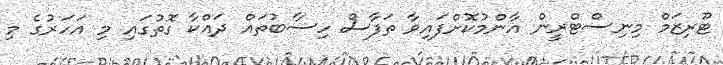
ޓޫރިޒަމް މިނިސްޓްރީން އާންމުކޮށްފައިވާ ތަފާސް ހިސާބުތައް ދައްކާ ގޮތުގައި މި އަހަރުގެ މި